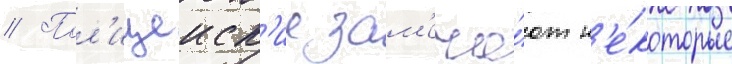
// Пол'ицеиск'ие зам'еча́ют н'е́которые